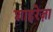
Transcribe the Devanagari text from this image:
शाहरेज़ा